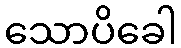
သောပိခေါ